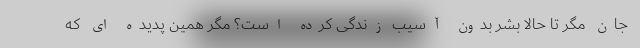
جان مگر تا حالا بشر بدون آسیب زندگی کرده است؟ مگر همین پدیده ای که